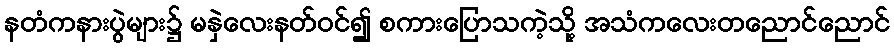
နတံကနားပွဲများ၌ မနှဲလေးနတ်ဝင်၍ စကားပြောသကဲ့သို့ အသံကလေးတညောင်ညောင်